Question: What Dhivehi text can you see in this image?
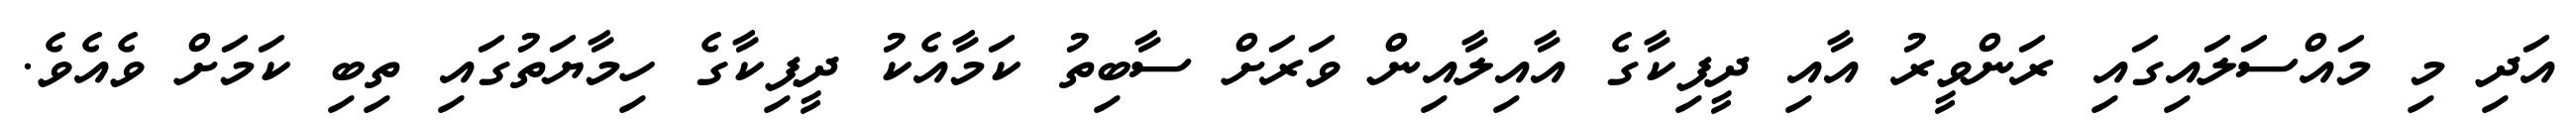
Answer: އަދި މި މައްސަލައިގައި ރަންވީރު އާއި ދީޕިކާގެ އާއިލާއިން ވަރަށް ސާބިތު ކަމާއެކު ދީޕިކާގެ ހިމާޔަތުގައި ތިބި ކަމަށް ވެއެވެ.